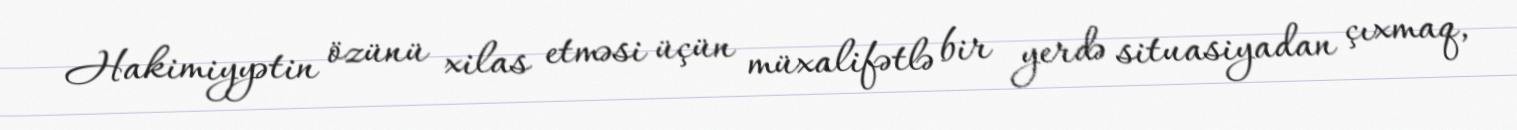
Hakimiyyətin özünü xilas etməsi üçün müxalifətlə bir yerdə situasiyadan çıxmaq,